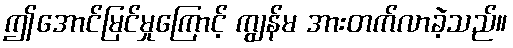
ဤအောင်မြင်မှုကြောင့် ကျွန်မ အားတက်လာခဲ့သည်။